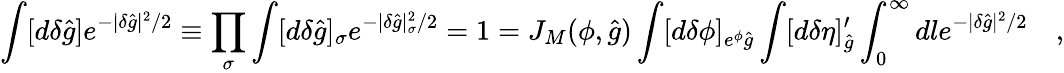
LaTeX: \int[d\delta{\hat{g}}]e^{-|\delta{\hat{g}}|^{2}/2}\equiv\prod_{\sigma}\int[d\delta{\hat{g}}]_{\sigma}e^{-|\delta{\hat{g}}|_{\sigma}^{2}/2}=1=J_{M}({\cal\phi},{\hat{g}})\int[d\delta{\cal\phi}]_{e^{\phi}{\hat{g}}}\int[d\delta\eta]_{\hat{g}}^{\prime}\int_{0}^{\infty}dle^{-|\delta{\hat{g}}|^{2}/2}\quad,